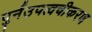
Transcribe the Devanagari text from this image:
पुर्नउपत्वचीकरण